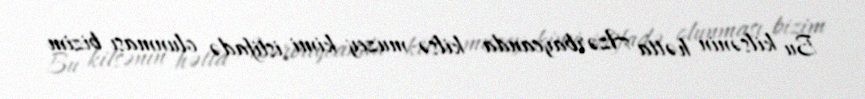
Bu kilsənin hətta Azərbaycanda kilsə-muzey kimi istifadə olunması bizim